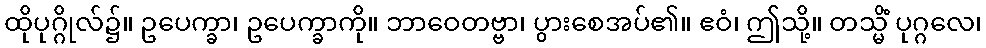
ထိုပုဂ္ဂိုလ်၌။ ဥပေက္ခာ၊ ဥပေက္ခာကို။ ဘာဝေတဗ္ဗာ၊ ပွားစေအပ်၏။ ဧဝံ၊ ဤသို့။ တသ္မိံ ပုဂ္ဂလေ၊